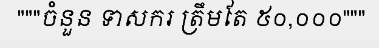
"""ចំនួន ទាសករ ត្រឹមតែ ៥០,០០០"""